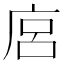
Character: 𢈚